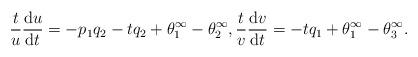
LaTeX: \begin{gather*}\frac{t}{u}\frac{{\rm d}u}{{\rm d}t}=-p_1q_2-tq_2+\theta^\infty_1-\theta^\infty_2,\frac{t}{v}\frac{{\rm d}v}{{\rm d}t}=-tq_1+\theta^\infty_1-\theta^\infty_3.\end{gather*}